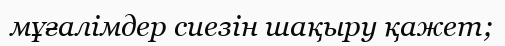
мұғалімдер сиезін шақыру қажет;